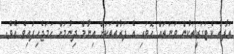
ތަފާތު ކެޓަގަރީތަކުން ވަނަތައް ހޮވައި އެ ފަރާތްތަކަށް އިނާމް ދިނުމަށް ހަމަޖެހިފައިވެ އެވެ.